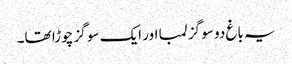
یہ باغ دو سو گز لمبا اور ایک سو گز چوڑا تھا۔